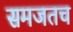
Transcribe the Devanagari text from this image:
समजतच